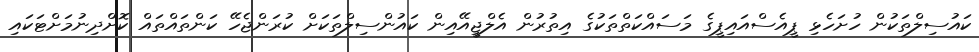
ކައުސިލްތަކުން ހުށަހެޅި ޕީއެސްއައިޕީގެ މަސައްކަތްތަކުގެ އިތުރުން އެލްޖީއޭއިން ކައުންސިލްތަކަށް ކުރަންޖެހޭ ކަންތައްތައް ކޮށްދިނުމަށްޓަކައި